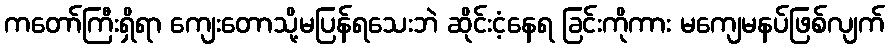
ကတော်ကြီးရှိရာ ကျေးတောသို့မပြန်ရသေးဘဲ ဆိုင်းငံ့နေရ ခြင်းကိုကား မကျေမနပ်ဖြစ်လျက်